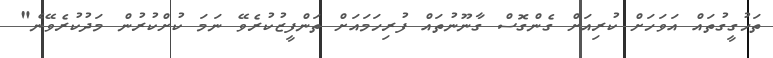
ތަހުގީގުތައް އަވަހަށް ކުރިއަށް ގެންގޮސް ގާނޫނުތައް ފުރިހަމައަށް ތަންފީޒުކުރެވޭ ނަމަ ކުށްކުރުން މަދުކުރެވޭނެ"